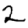
Digit: 2